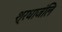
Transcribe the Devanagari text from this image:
श्रधाजंलि